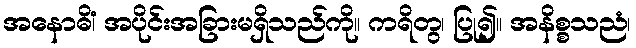
အနောဓိံ၊ အပိုင်းအခြားမရှိသည်ကို။ ကရိတွ၊ ပြု၍။ အနိစ္စသညံ၊